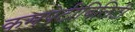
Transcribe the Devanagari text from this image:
कमपेटीबिलिटी